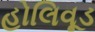
હોલિવૂડ